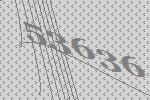
53636